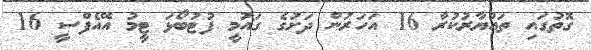
ގޮތުގައި ތައްޔާރުކުރާ 16 އަހަރުން ދަށުގެ ގައުމީ ފުޓުބޯޅަ ޓީމު އޭއެފްސީ 16